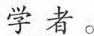
学者